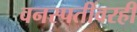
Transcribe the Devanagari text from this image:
वनस्पतींवरही